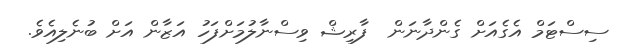
ސިސްޓަމް އެގެއަށް ގެންދާނަން  ފާރިޝް ވިސްނާލުމަށްފަހު އަޒާން އަށް ބުނެލިއެވެ.